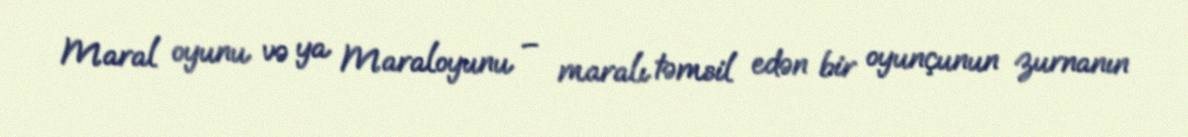
Maral oyunu və ya Maraloyunu – maralı təmsil edən bir oyunçunun zurnanın